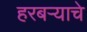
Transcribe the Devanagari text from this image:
हरबऱ्याचे